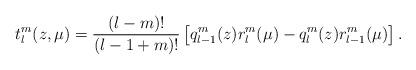
LaTeX: \begin{align*}t_l^m(z,\mu)=\frac{(l-m)!}{(l-1+m)!}\left[q_{l-1}^m(z)r_l^m(\mu)-q_l^m(z)r_{l-1}^m(\mu)\right].\end{align*}